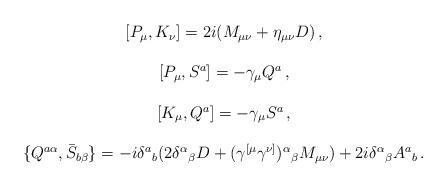
LaTeX: \begin{align*}\begin{array}{c}{}[P_{\mu},K_{\nu}]=2i(M_{\mu\nu}+\eta_{\mu\nu}D)\,,\\{}\\{}[P_{\mu},S^{a}]=-\gamma_{\mu}Q^{a}\,,\\{}\\{}[K_{\mu},Q^{a}]=-\gamma_{\mu}S^{a}\,,\\{}\\{}\{Q^{a\alpha},\bar{S}_{b\beta}\}=-i\delta^{a}{}_{b}(2\delta^{\alpha}{}_{\beta}D+(\gamma^{[\mu}\gamma^{\nu]})^{\alpha}{}_{\beta}M_{\mu\nu})+2i\delta^{\alpha}{}_{\beta}A^{a}{}_{b}\,.\end{array}\end{align*}